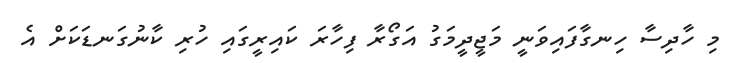
މި ހާދިސާ ހިނގާފައިވަނީ މަޖީދީމަގު އަގޯރާ ފިހާރަ ކައިރީގައި ހުރި ކާނުގަނޑަކަށް އެ